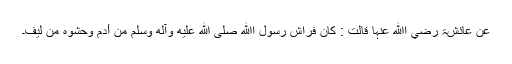
عَنْ عَائِشَۃَ رضي اﷲ عنہا قَالَتْ : کَانَ فِرَاشُ رَسُوْلِ اﷲِ صلى الله عليه وآله وسلم مِنْ أَدَمٍ وَحَشْوُہُ مِنْ لِیْفٍ۔